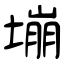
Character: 塴